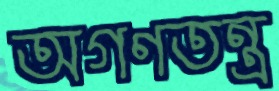
অগণতন্ত্র